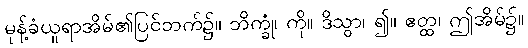
မုန့်ခံယူရာအိမ်၏ပြင်ဘက်၌။ ဘိက္ခုံ၊ ကို။ ဒိသွာ၊ ၍။ ဧတ္ထ၊ ဤအိမ်၌။